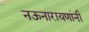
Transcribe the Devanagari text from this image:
नऊनारायणांनी